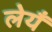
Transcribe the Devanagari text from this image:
लेयँ